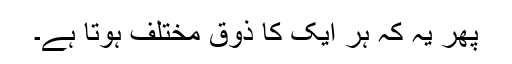
پھر یہ کہ ہر ایک کا ذوق مختلف ہوتا ہے۔